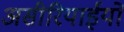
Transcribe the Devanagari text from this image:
असीरियाईयों